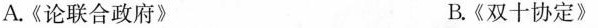
A.《论联合政府》 B.《双十协定》